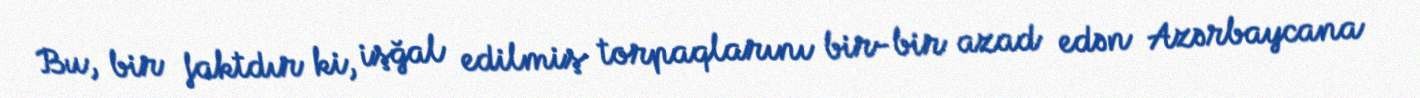
Bu, bir faktdır ki, işğal edilmiş torpaqlarını bir-bir azad edən Azərbaycana